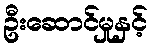
ဦးဆောင်မှုနှင့်